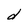
Character: d